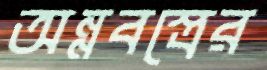
অন্নবস্ত্রের